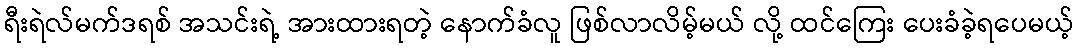
ရီးရဲလ်မက်ဒရစ် အသင်းရဲ့ အားထားရတဲ့ နောက်ခံလူ ဖြစ်လာလိမ့်မယ် လို့ ထင်ကြေး ပေးခံခဲ့ရပေမယ့်